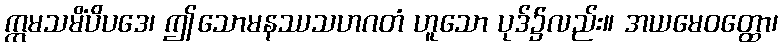
ဣမသမိံပိပဒေ၊ ဤသောမနဿသဟဂတံ ဟူသော ပုဒ်၌လည်း။ အယမေဝတ္ထော၊